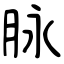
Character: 脉